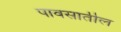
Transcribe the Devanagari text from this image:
पावसातील